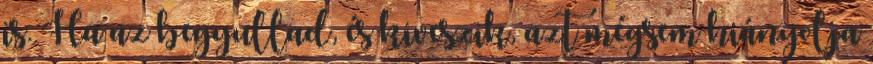
is. Ha az begyullad, és kiveszik, azt mégsem hiányolja